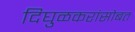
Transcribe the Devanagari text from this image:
दिघुळकरांसोबत